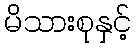
မိသားစုနှင့်